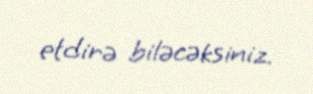
etdirə biləcəksiniz.